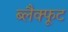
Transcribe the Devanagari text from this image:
ब्लैक्फूट